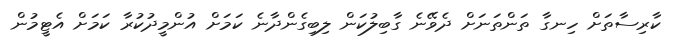
ކާރިސާތަށް ހިނގާ ތަންތަނަށް ދެވޭނެ ގާބިލުކަން ލިބިގެންދާނެ ކަމަށް އުންމީދުކުރާ ކަމަށް އެޓީމުން